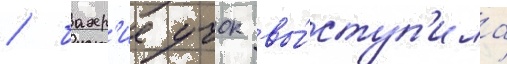
/ бахр'ие учок вы́ступ'ила